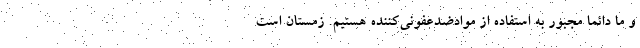
و ما دائماً مجبور به استفاده از موادضدعفونی‌کننده‌ هستیم. زمستان است